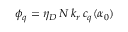
\phi _ { q } = \eta _ { D } \, N \, k _ { r } \, c _ { q } ( \alpha _ { 0 } )